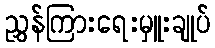
ညွှန်ကြားရေးမှူးချုပ်